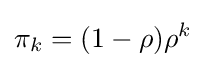
\pi _{k}=(1-\rho )\rho ^{k}